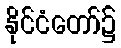
နိုင်ငံတော်၌